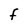
Character: F